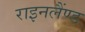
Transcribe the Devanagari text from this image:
राइनलैंण्ड